Vaccination report Assam 1874-1896 - 1874-1896
Year: 1874
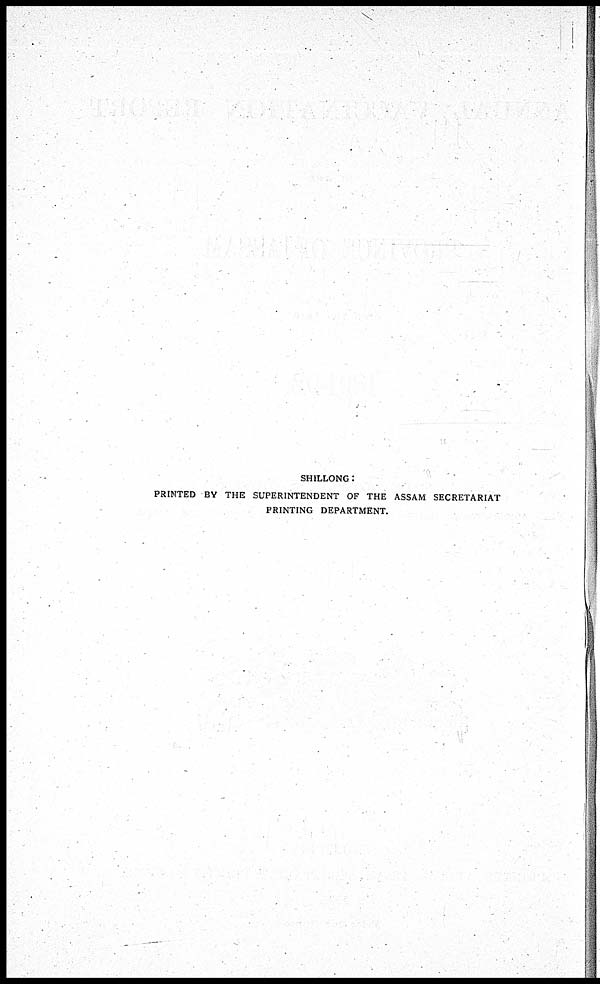
SHILLONG:
PRINTED BY THE SUPERINTENDENT OF THE ASSAM SECRETARIAT
PRINTING DEPARTMENT.